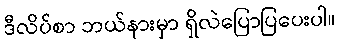
ဒီလိပ်စာ ဘယ်နားမှာ ရှိလဲပြောပြပေးပါ။